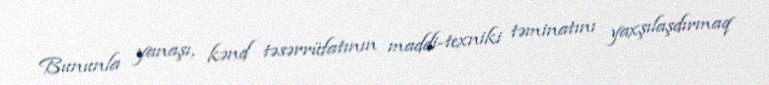
Bununla yanaşı, kənd təsərrüfatının maddi-texniki təminatını yaxşılaşdırmaq